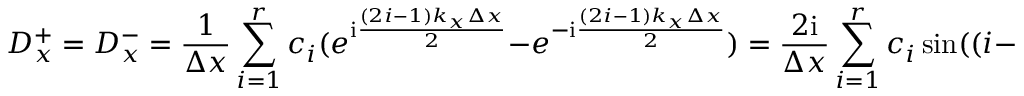
D _ { x } ^ { + } = D _ { x } ^ { - } = \frac { 1 } { \Delta x } \sum _ { i = 1 } ^ { r } c _ { i } ( e ^ { \mathrm { i } \frac { ( 2 i - 1 ) k _ { x } \Delta x } { 2 } } - e ^ { - \mathrm { i } \frac { ( 2 i - 1 ) k _ { x } \Delta x } { 2 } } ) = \frac { 2 \mathrm { i } } { \Delta x } \sum _ { i = 1 } ^ { r } c _ { i } \sin ( ( i - \frac { 1 } { 2 } ) k _ { x } \Delta x ) ,